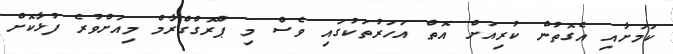
ކަަމަށާއި އެގޮތުން ކުރިއަށް އޮތް އަހަރުތަކުގައި ވެސް މި ޕްރޮގްގްރާމް މިއަށްވުރެ ފުޅާކޮށް